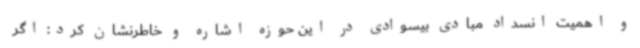
و اهمیت انسداد مبادی بیسوادی در این حوزه اشاره و خاطرنشان کرد: اگر